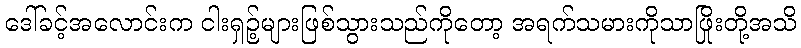
ဒေါ်ခင့်အလောင်းက ငါးရှဉ့်များဖြစ်သွားသည်ကိုတော့ အရက်သမားကိုသာဖြိုးတို့အသိ